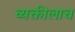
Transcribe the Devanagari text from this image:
व्यक्तीलाच